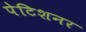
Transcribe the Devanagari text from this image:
पेटिशनर